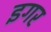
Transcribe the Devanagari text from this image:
इगर